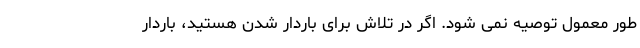
طور معمول توصیه نمی شود. اگر در تلاش برای باردار شدن هستید، باردار